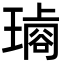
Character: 𤩋